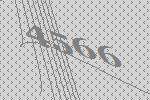
4566